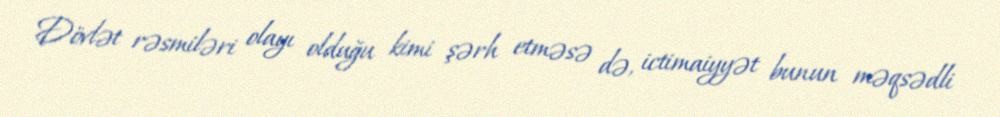
Dövlət rəsmiləri olayı olduğu kimi şərh etməsə də, ictimaiyyət bunun məqsədli